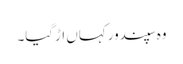
وہ سپندور کہاں اڑگیا۔